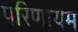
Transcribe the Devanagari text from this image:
परिणायम